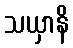
သယှာနိ